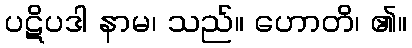
ပဋိပဒါ နာမ၊ သည်။ ဟောတိ၊ ၏။